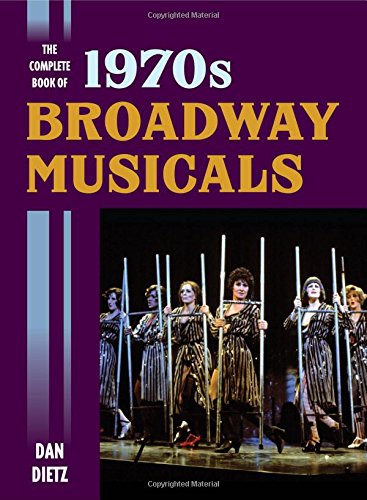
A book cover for The Complete Book of 1970s Broadway Musicals; Dan Dietz; Humor & Entertainment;